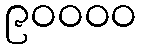
၉၀၀၀၀